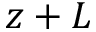
z + L